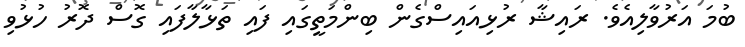
ބުމަ އަރުވާލިއެވެ. ރައިޝާ ރުޅިއައިސްގެން ބިންމަތީގައި ފައި ތަޅާލާފައި ގޮސް ދޮރު ހުޅުވި